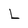
Character: L